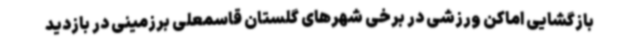
بازگشایی اماکن ورزشی در برخی شهرهای گلستان قاسمعلی برزمینی در بازدید